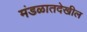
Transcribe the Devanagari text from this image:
मंडळातदेखील